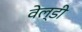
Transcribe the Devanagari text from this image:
वेल्डी